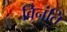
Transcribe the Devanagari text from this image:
विनंति